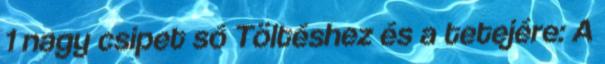
1 nagy csipet só Töltéshez és a tetejére: A